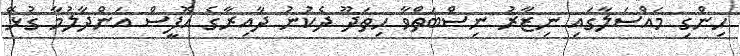
ހިންގި މައްސަލާގައި ނިޒާރު ނިސްބަތްވާ ހިތަދޫ ދެކުނު ދާއިރާގެ އޮފީސް އަންދާލުމާ ގުޅޭ